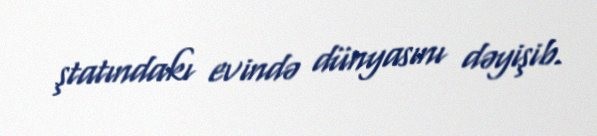
ştatındakı evində dünyasını dəyişib.